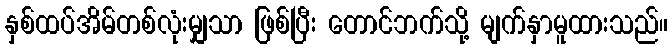
နှစ်ထပ်အိမ်တစ်လုံးမျှသာ ဖြစ်ပြီး တောင်ဘက်သို့ မျက်နှာမူထားသည်။